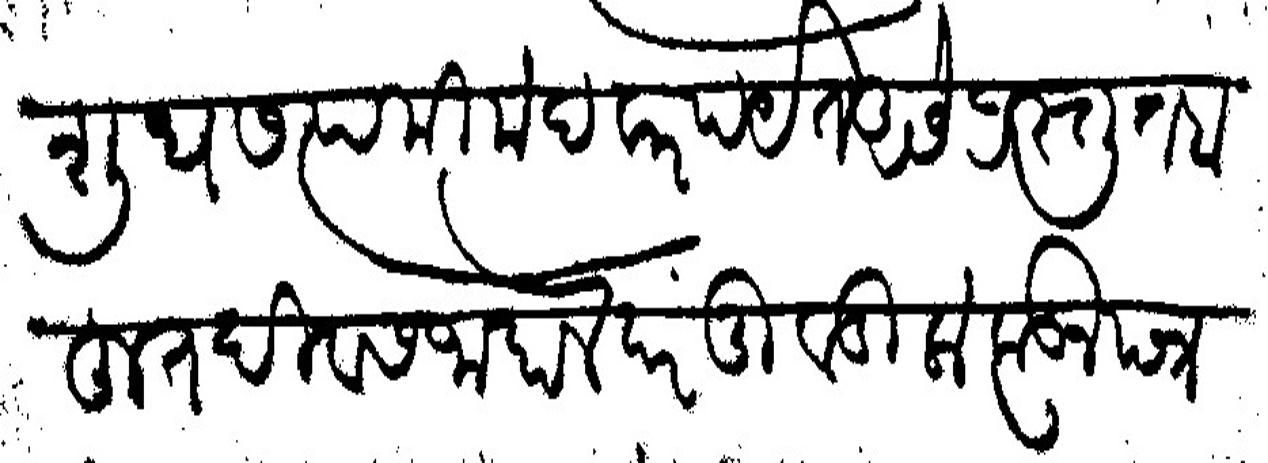
Transliteration (Devanagari): शुध सप्तमी मंदवारपर्यंत असे प्रस्तुत बहुत दिवस जाहाले परंतु वडिलाकडून पत्र